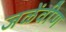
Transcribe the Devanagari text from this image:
जळेंवीण